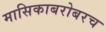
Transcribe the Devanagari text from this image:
मासिकाबरोबरच